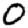
Digit: 0